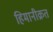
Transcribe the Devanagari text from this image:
हिमानीक्रत